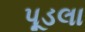
પૂડલા